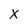
Character: X